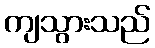
ကျသွားသည်